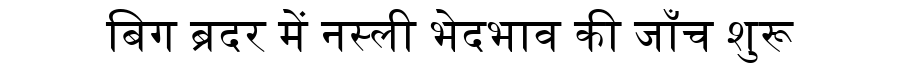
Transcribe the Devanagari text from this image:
बिग ब्रदर में नस्ली भेदभाव की जाँच शुरू